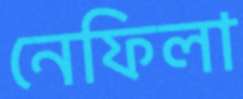
নেফিলা